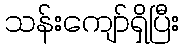
သန်းကျော်ရှိပြီး